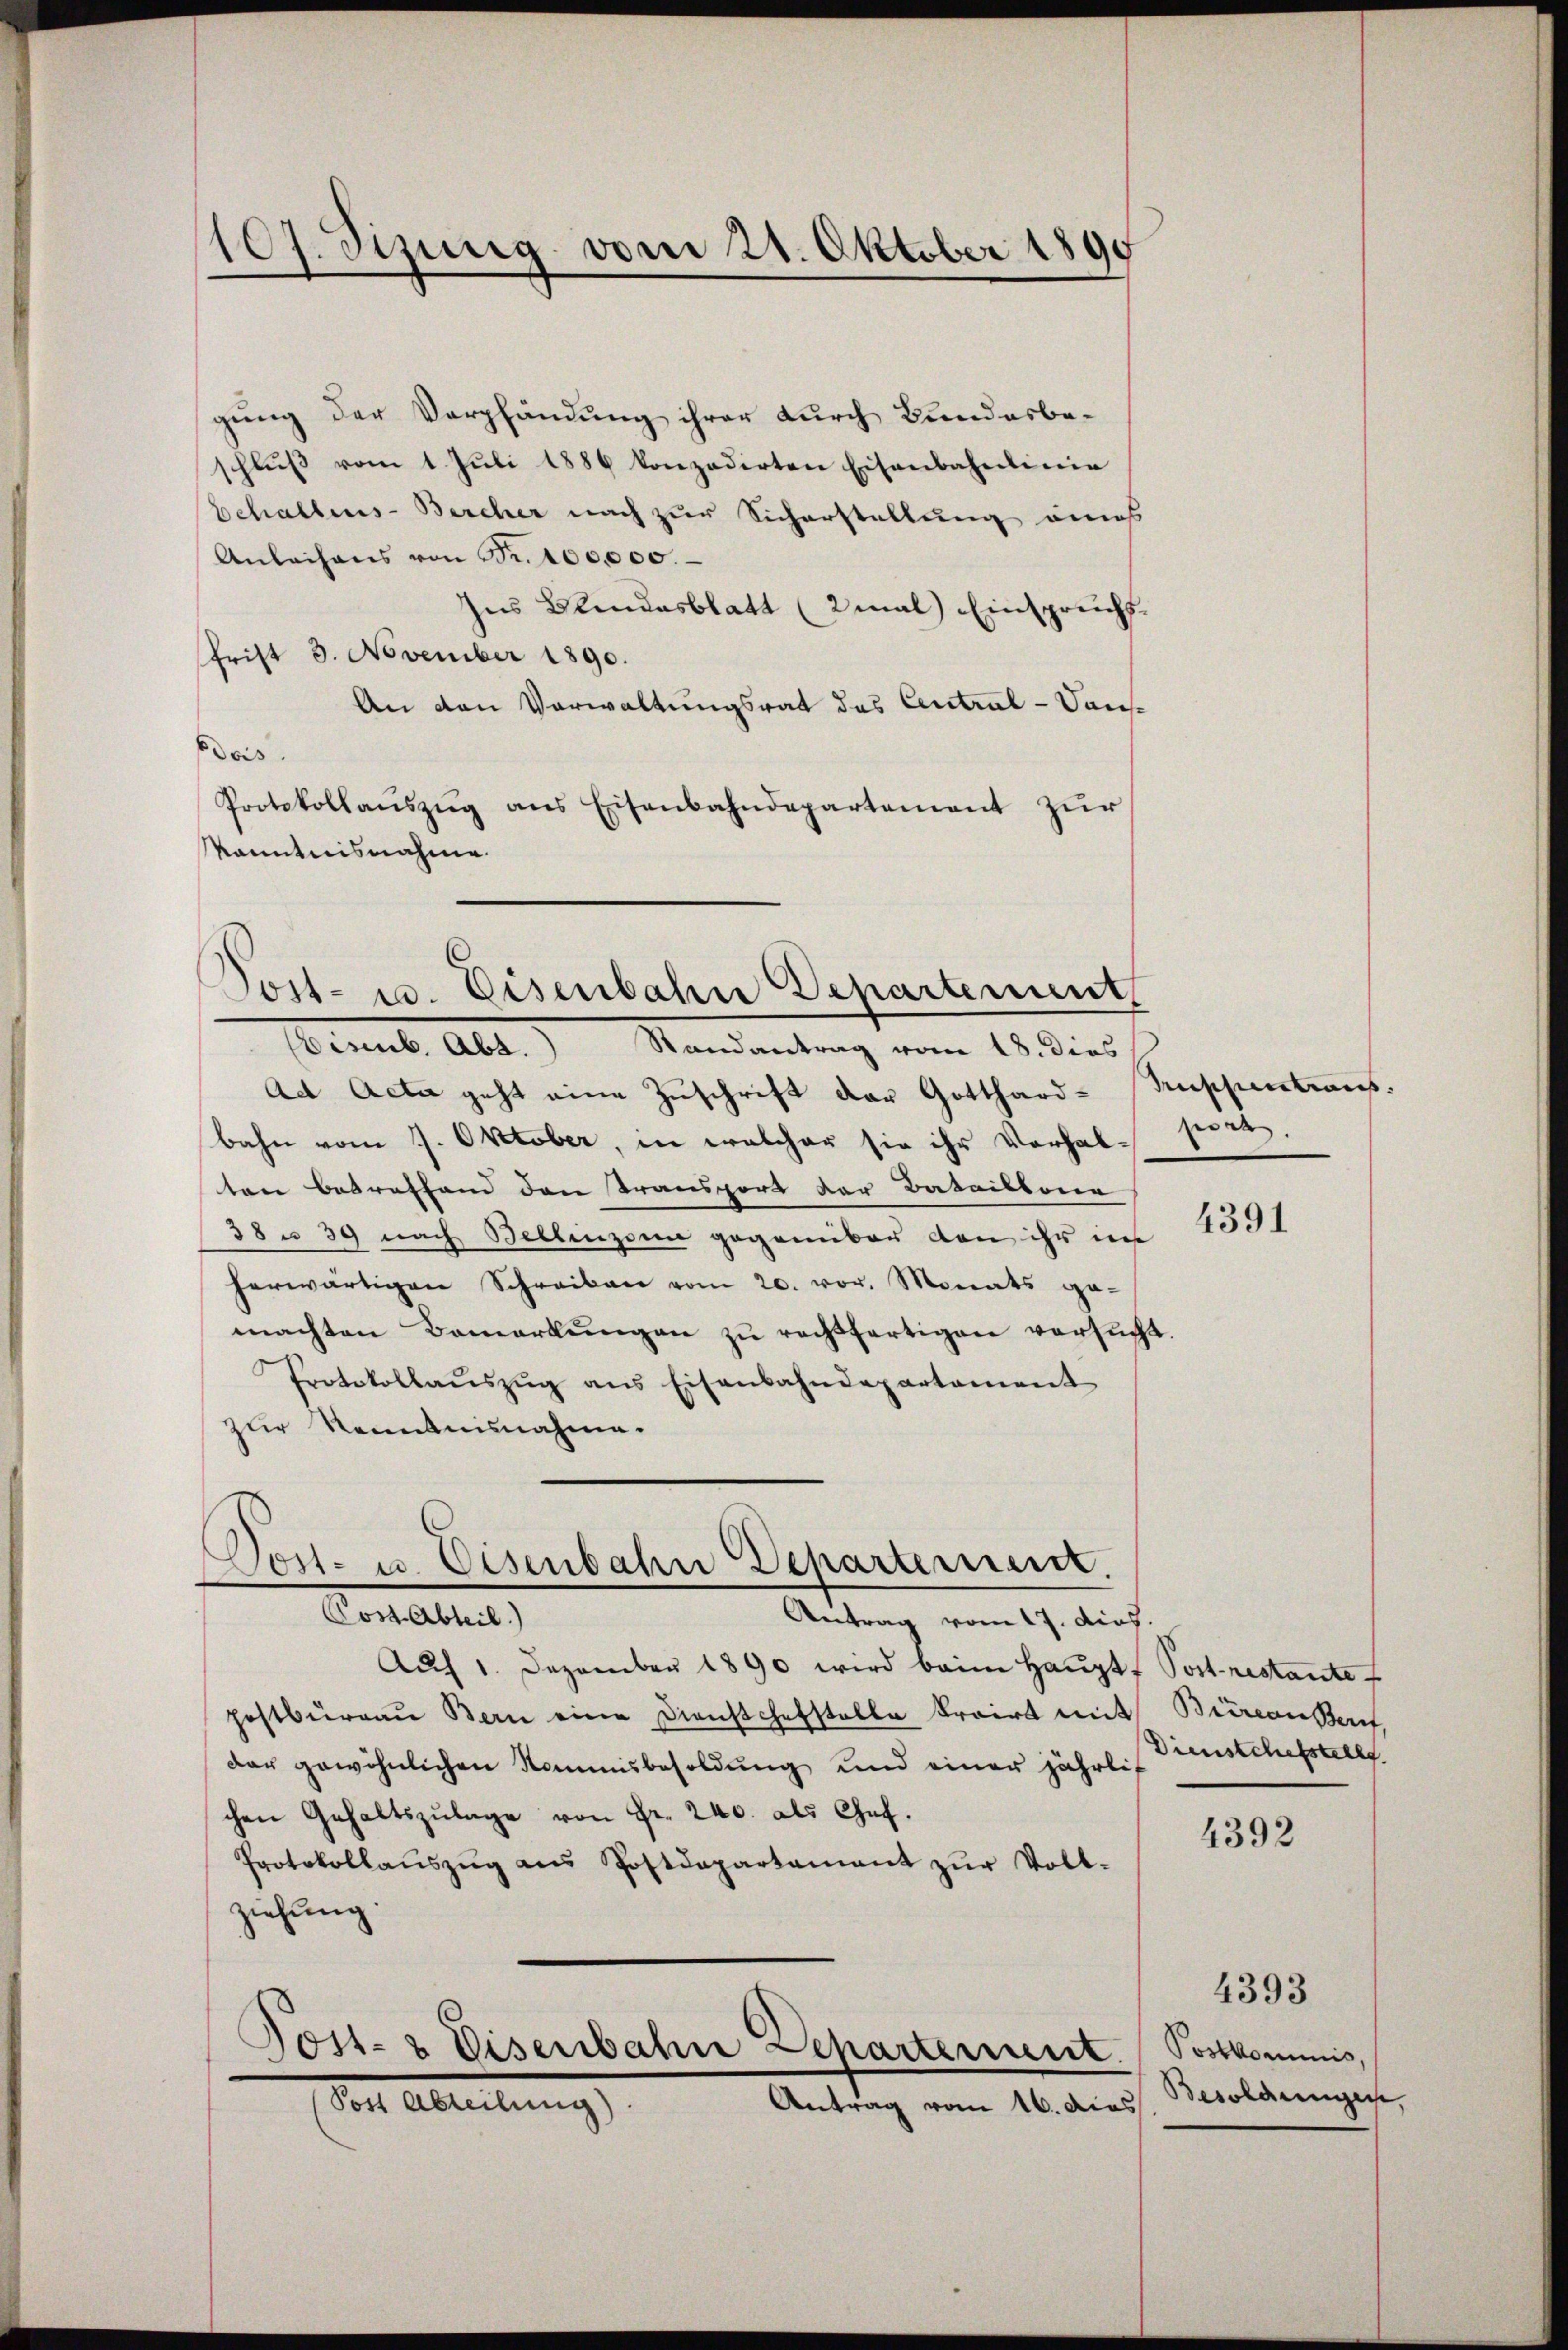
107. Sizung vom 21. Oktober 1890

gung der Verpfändung ihrer durch Bundesbe-
schlŭβ vom 1. Jŭli 1886 konzedirten Eisenbahnlinie
Echallens-Bercher nach zur Sicherstellung eines
Anleihens von Fr. 100,000.
hus Blendesblatt (2mal) Einspruchs¬
Frist 3. November 1890.
An den Verwaltungsrat des Central - Dansdois.
Protokollanszŭg ans Eisenbahndepartement zŭr
känntnisnahme.

Post- u. Eisenbahn Departement

Post- u. Eisenbahn Departement.

Eisenb. Abt. Randantrag vom 18. dies
Ad Acta geht eine Zuschrift der Gotthardbahn vom 7. Oktober, in welcher sie ihr Vorhal-
ten betreffend den Transport der Batailbar
38 n 39 nach Bellinzoni gegenüber von ihr in
herwärtigen Schreiben vom 20. vor. Monats ge-
machten Bemerkŭngen zŭ rechtfertigen versŭcht.
Protokollaŭszŭg ans Eisenbahndepartement
zur Kenntnisnahme.
Constalten,
Antrag vom 17. dies
Aŭf 1. Dezember 1890 wird beim Haŭptf Post restante f
hostburgau Bern eine Dienstchefstelle trairt mit Büreaußert,
dar gewöhnlichen Nommisbesoldung und einer jährlich
chen Gehaltszŭlage von Fr. 240. als Chef.
Protokollaŭszŭg ans Postdepartament zŭr Voll-
ziehung.
Post- & Eisenbahn Departement
Post Abteilung).
Antrag vom 16. das

Anschentions.
fort.

4391

Dienstchefstellt.

4392

Postkommnis,
Besoldungen,

4393